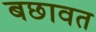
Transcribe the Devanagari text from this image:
बछावत